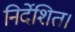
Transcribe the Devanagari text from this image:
निर्देशित।